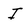
Character: I